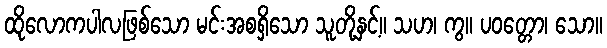
ထိုလောကပါလဖြစ်သော မင်းအစရှိသော သူတို့နှင့်။ သဟ၊ ကွ။ ပဝတ္တော၊ သော။